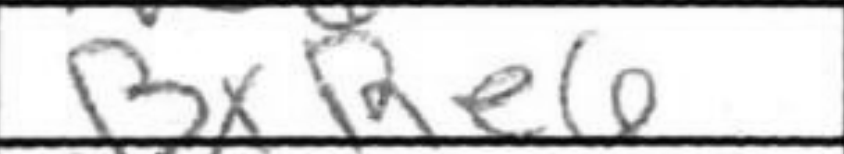
Transcription: BxRe6